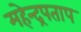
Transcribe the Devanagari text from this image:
महेन्द्रपताप